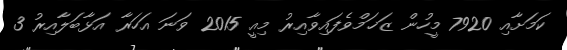
ކަމަށާއި 7920 މީހުން ޒަޚަމްވެފައިވާއިރު މިއީ 2015 ވަނަ އަހަރާ އަޅާބަލާއިރު 3